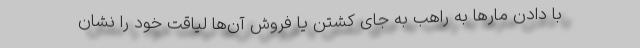
با دادن مار‌ها به راهب به جای کشتن یا فروش آن‌ها لیاقت خود را نشان